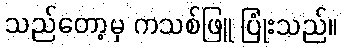
သည်တော့မှ ကသစ်ဖြူ ပြုံးသည်။